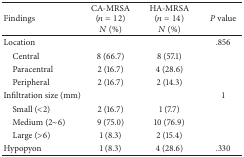
| Findings | CA-MRSA (n = 12)N (%) | HA-MRSA (n = 14)N (%) | P value |
 | --- | --- | --- | --- |
 | Location |  |  | .856 |
 | Central | 8 (66.7) | 8 (57.1) |  |
 | Paracentral | 2 (16.7) | 4 (28.6) |  |
 | Peripheral | 2 (16.7) | 2 (14.3) |  |
 | Infiltration size (mm) |  |  | 1 |
 | Small (<2) | 2 (16.7) | 1 (7.7) |  |
 | Medium (2~6) | 9 (75.0) | 10 (76.9) |  |
 | Large (>6) | 1 (8.3) | 2 (15.4) |  |
 | Hypopyon | 1 (8.3) | 4 (28.6) | .330 |